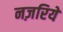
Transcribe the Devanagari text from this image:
नज़रियें